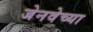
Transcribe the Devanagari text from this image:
जेनवेच्या